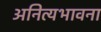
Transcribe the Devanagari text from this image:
अनित्यभावना